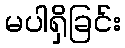
မပါရှိခြင်း